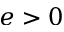
e > 0